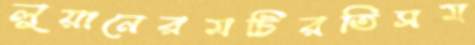
লুয়ানেরমটিরতিসম